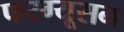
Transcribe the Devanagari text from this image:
फरग्यूसन